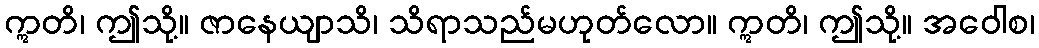
ဣတိ၊ ဤသို့။ ဇာနေယျာသိ၊ သိရာသည်မဟုတ်လော။ ဣတိ၊ ဤသို့။ အဝေါစ၊